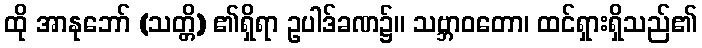
ထို အာနုဘော် (သတ္တိ) ၏ရှိရာ ဥပါဒ်ခဏ၌။ သဗ္ဘာဝတော၊ ထင်ရှားရှိသည်၏